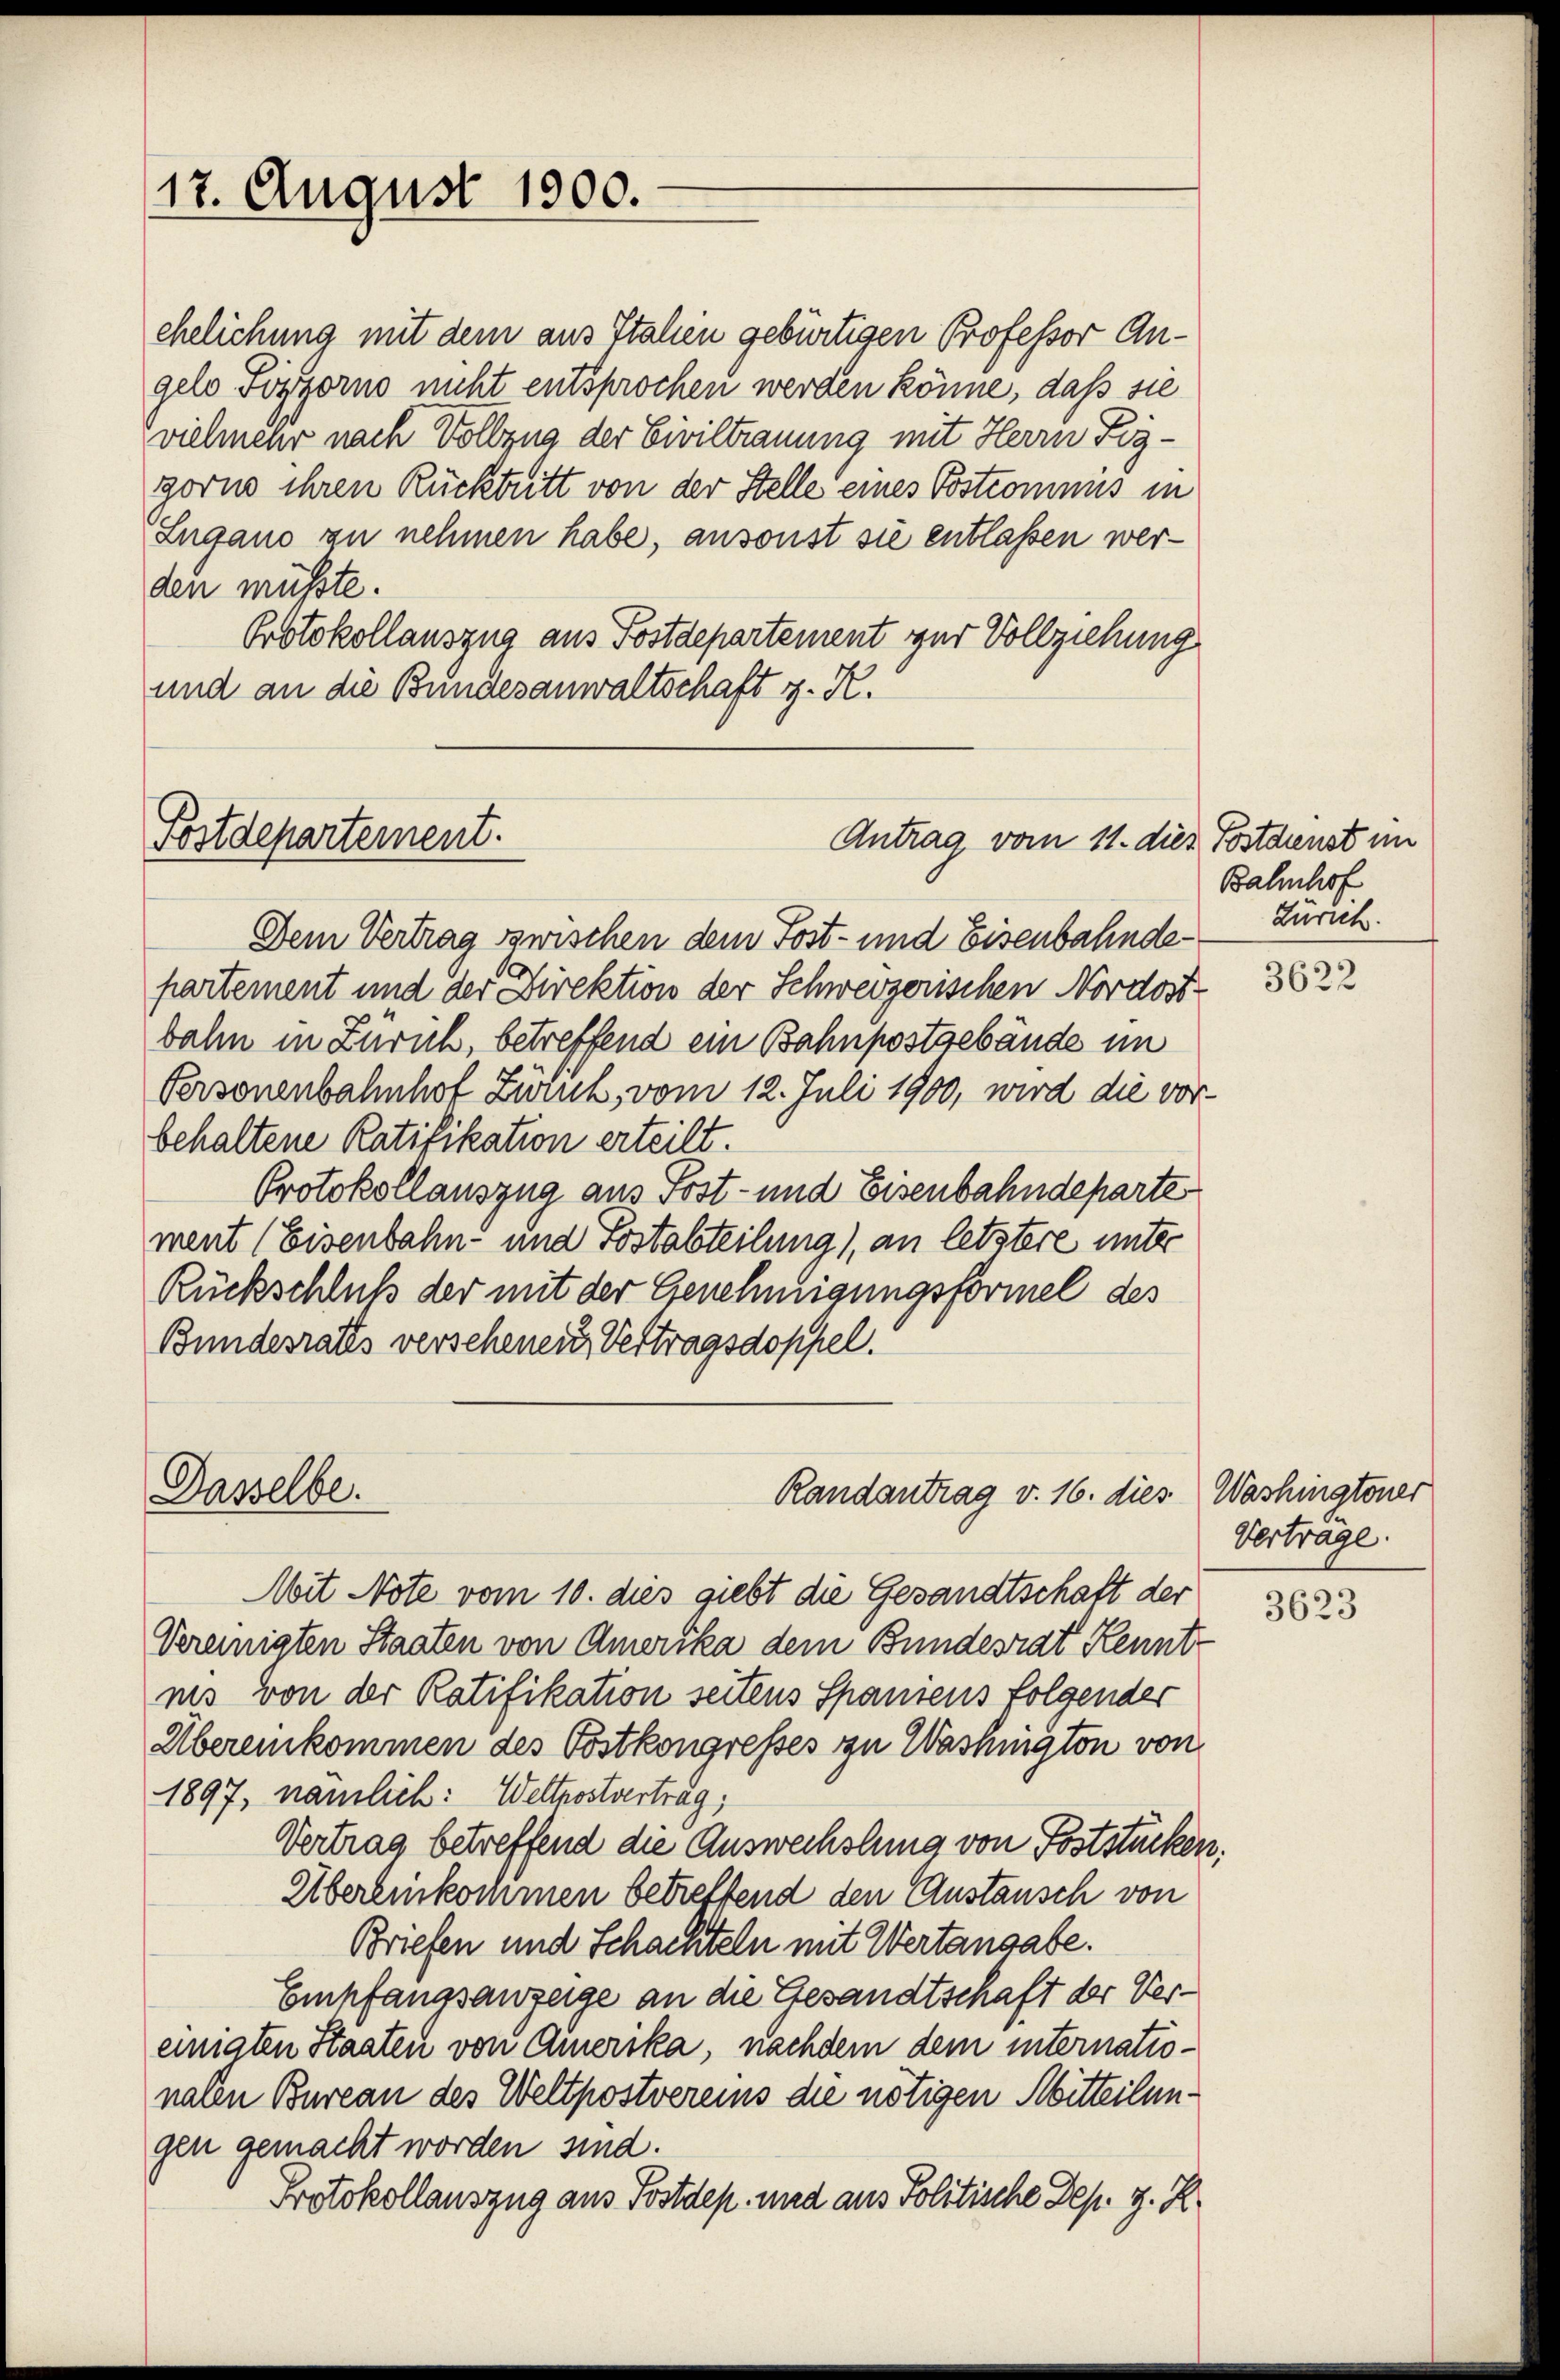
17. August 1900.

ehelichung mit dem aus Italien gebürtigen Professor Angelo Pozzorno nicht entsprochen werden könne, daß sie
vielmehr nach Vollzug der Civiltrauung mit Herrn Figgorne ihren Rücktritt von der Stelle eines Postcommis in
Lugano zu nehmen habe, ansonst sie entlassen werden müßte.
Protokollauszug aus Postdepartement zur Vollziehung
und an die Bundesanwaltschaft z. K.

Fostdepartement.

Dasselbe.

Antrag vom 11. dies Postdienst im

Randantrag v. 16. dies Washingtoner

Dem Vertrag zwischen dem Fost- und Eisenbahndepartement und der Direktion der Schweizerischen Nordost-
bahn in Zürich, betreffend ein Bahnpostgebäude im
Personenbahnhof Zürich, vom 12. Juli 1900, wird die vor-
behaltene Ratifikation erteilt.
Protokollauszug aus Post- und Eisenbahndeparte
ment (Eisenbahn- und Postabteilung), an letztere unter
Rückschluß der mit der Genehmigungsformel des
Bundesrates verschenen Vertragsdoppel.

Bahnhof
Zürich.

Mit Note vom 10. dies giebt die Gesandtschaft der
Vereinigten Staaten von Amerika dem Bundesrat Kennt-
nis von der Ratifikation seitens Spaniens folgender
Übereinkommen des Postkongresses zu Washington von
1897, nämlich: Wetterstvertrag,
Vertrag betreffend die Auswechslung von Poststücken.
Übereinkommen betreffend den Austausch von
Briefen und Schachteln mit Wertangabe.
Empfangsanzeige an die Gesandtschaft der Ver-
einigten Staaten von Amerika, nachdem dem internationalen Bureau des Weltpostvereins die nötigen Mitteilungen gemacht worden sind.
Protokollauszug aus Postdep. und aus Politische Dep. J. R.

3622

Vertrage.

3623